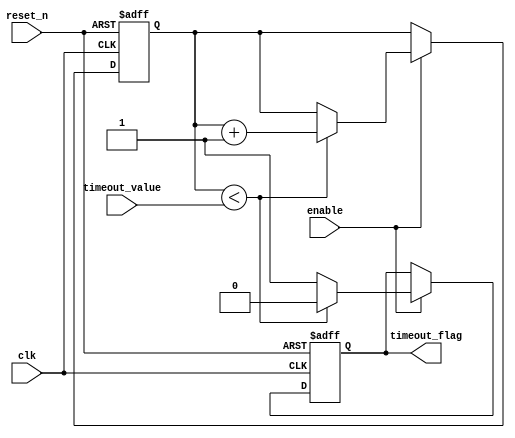
module timeout_counter (
    input wire clk,            // Clock input
    input wire reset_n,       // Active low asynchronous reset
    input wire enable,        // Enable signal
    input wire [7:0] timeout_value, // Time-out value (8-bit)
    output reg timeout_flag    // Time-out output signal
);

    reg [7:0] counter;         // 8-bit counter

    // Asynchronous reset and counter logic
    always @(posedge clk or negedge reset_n) begin
        if (!reset_n) begin
            counter <= 8'b0;   // Reset counter to zero
            timeout_flag <= 1'b0; // Clear timeout flag
        end else if (enable) begin
            if (counter < timeout_value) begin
                counter <= counter + 1; // Increment counter
                timeout_flag <= 1'b0; // Clear timeout flag
            end else begin
                timeout_flag <= 1'b1; // Assert timeout flag
            end
        end
    end

endmodule